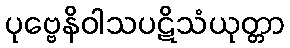
ပုဗ္ဗေနိဝါသပဋိသံယုတ္တာ